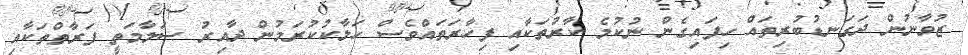
ޒުވާނުން ދަގަނޑުބުރިތައް ހިފައިގެން ނުކުމެ ކާރުތަކާއި ފިހާރަތައްވެސް ހަލާކުކުރަމުން ދާއިރު ސަލާމަތީ ފަރާތްތަކާއި